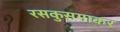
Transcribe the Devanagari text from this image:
रसकुसमाकर